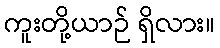
ကူးတို့ယာဉ် ရှိလား။